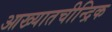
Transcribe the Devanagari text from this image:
आख्यातचीन्द्रिक